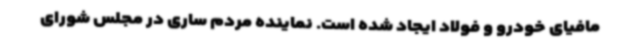
مافیای خودرو و فولاد ایجاد شده است. نماینده مردم ساری در مجلس شورای